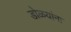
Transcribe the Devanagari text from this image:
डोळयांना